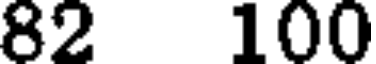
82 100